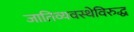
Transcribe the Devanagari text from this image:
जातिव्यवस्थेविरुद्ध